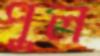
পুল